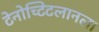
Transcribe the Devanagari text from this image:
टेनोच्टिटलानला